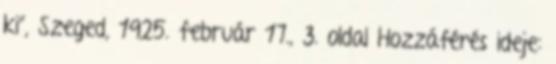
ki”, Szeged, 1925. február 17., 3. oldal Hozzáférés ideje: